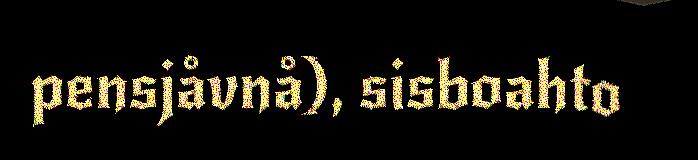
pensjåvnå), sisboahto